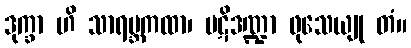
ဒုက္ခာ ဟိ သာရမ္ဘကထာ၊ ပဋိဒဏ္ဍာ ဖုသေယျု တံ။